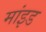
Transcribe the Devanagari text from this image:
मांइड